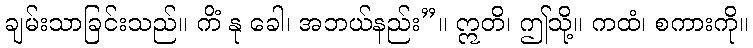
ချမ်းသာခြင်းသည်။ ကိံ နု ခေါ၊ အဘယ်နည်း”။ ဣတိ၊ ဤသို့။ ကထံ၊ စကားကို။